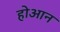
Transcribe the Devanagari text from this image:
होआन